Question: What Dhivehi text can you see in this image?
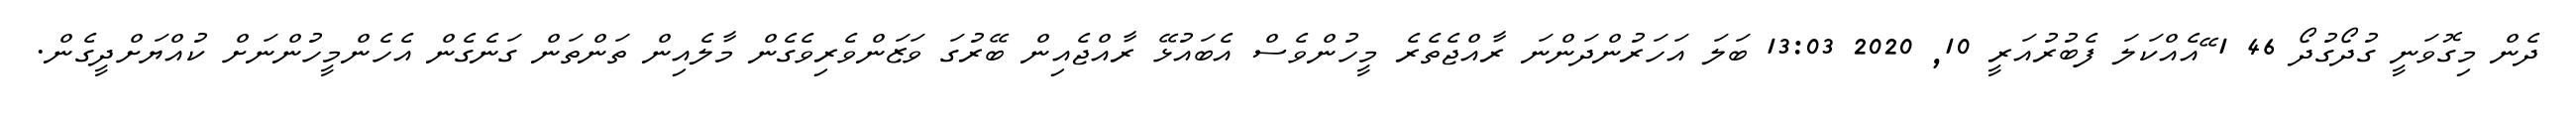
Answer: ދެން މިގޮވަނީ ގުދޯގުދޯ 46 1 ޭއެއްކަލަ ފެބުރުއަރީ 10, 2020 13:03 ބަލަ އަހަރުންދަންނަ ރާއްޖެތެރެ މީހުންވެސް އެބައުޅޭ ރާއްޖެއިން ބޭރުގަ ވަޒަންވެރިވެގެން މާލެއިން ތަންތަން ގަނެގެން އެހެންމީހުންނަށް ކުއްޔަށްދީގެން.